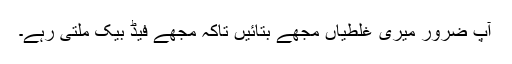
آپ ضرور میری غلطیاں مجھے بتائیں تاکہ مجھے فیڈ بیک ملتی رہے۔